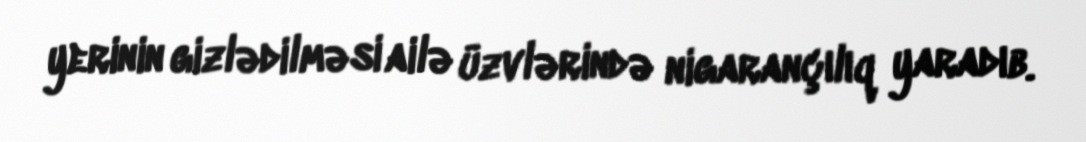
yerinin gizlədilməsi ailə üzvlərində nigarançılıq yaradıb.